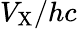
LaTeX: V_{\mathrm{X}}/hc